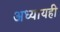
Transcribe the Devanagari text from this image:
अध्यायही